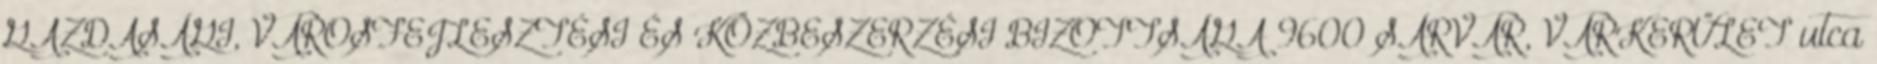
GAZDASÁGI, VÁROSFEJLESZTÉSI ÉS KÖZBESZERZÉSI BIZOTTSÁGA 9600 SÁRVÁR, VÁRKERÜLET utca